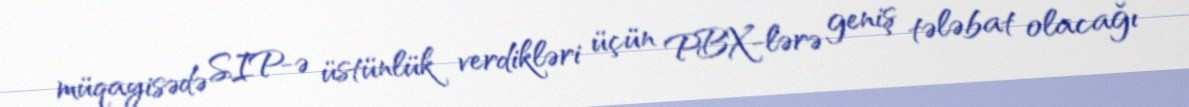
müqayisədə SIP-ə üstünlük verdikləri üçün PBX-lərə geniş tələbat olacağı